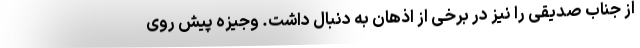
از جناب صدیقی را نیز در برخی از اذهان به دنبال داشت. وجیزه پیش‌ روی